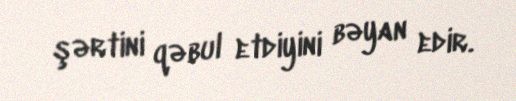
şərtini qəbul etdiyini bəyan edir.